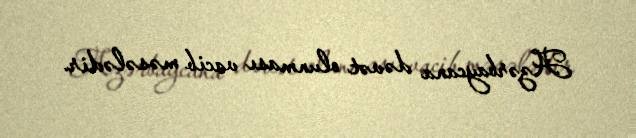
Azərbaycana dəvət olunması vacib məsələdir.